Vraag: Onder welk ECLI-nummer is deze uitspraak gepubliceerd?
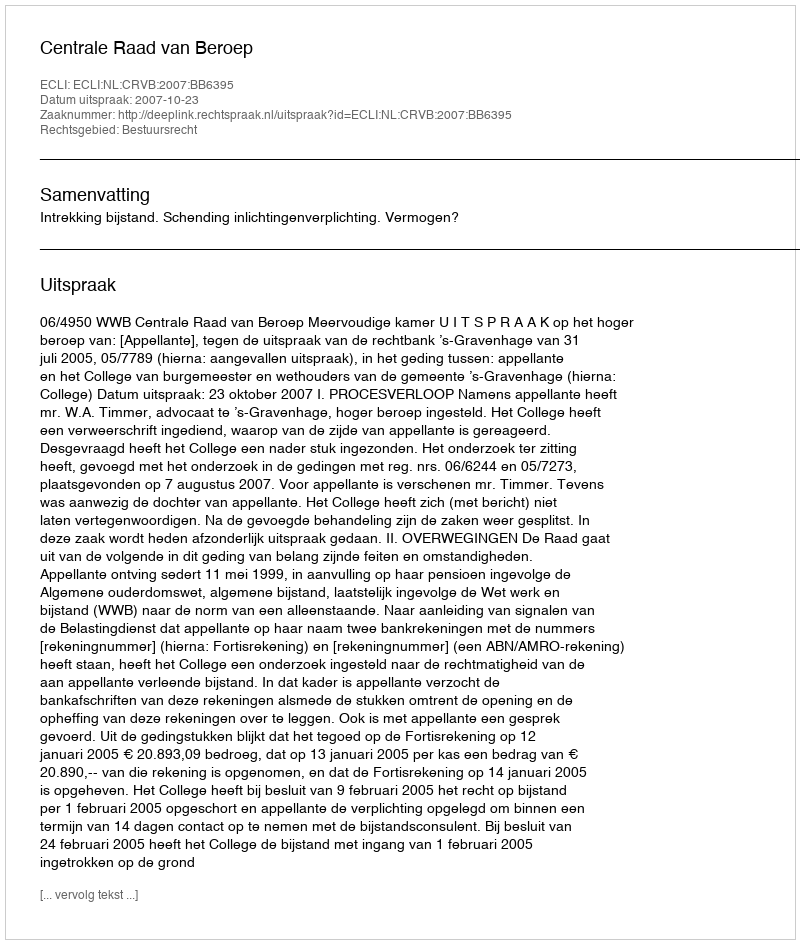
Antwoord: ECLI:NL:CRVB:2007:BB6395